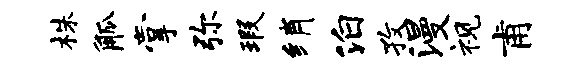
株觚掌弥瑕绡泊孜漫视甫